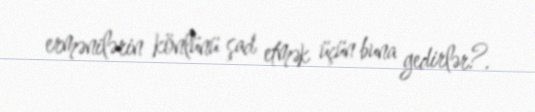
ermənilərin könlünü şad etmək üçün buna gedirlər?.